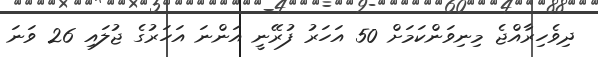
ދިވެހިރާއްޖެ މިނިވަންކަމަށް 50 އަހަރު ފުރޭނީ އަންނަ އަހަރުގެ ޖުލައި 26 ވަނަ